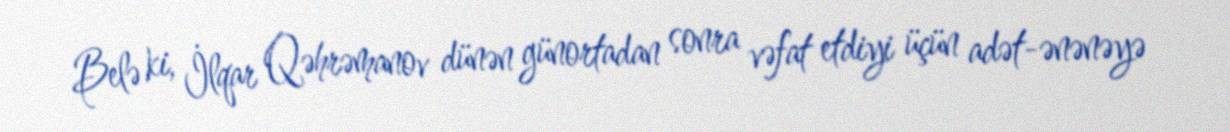
Belə ki, İlqar Qəhrəmanov dünən günortadan sonra vəfat etdiyi üçün adət-ənənəyə